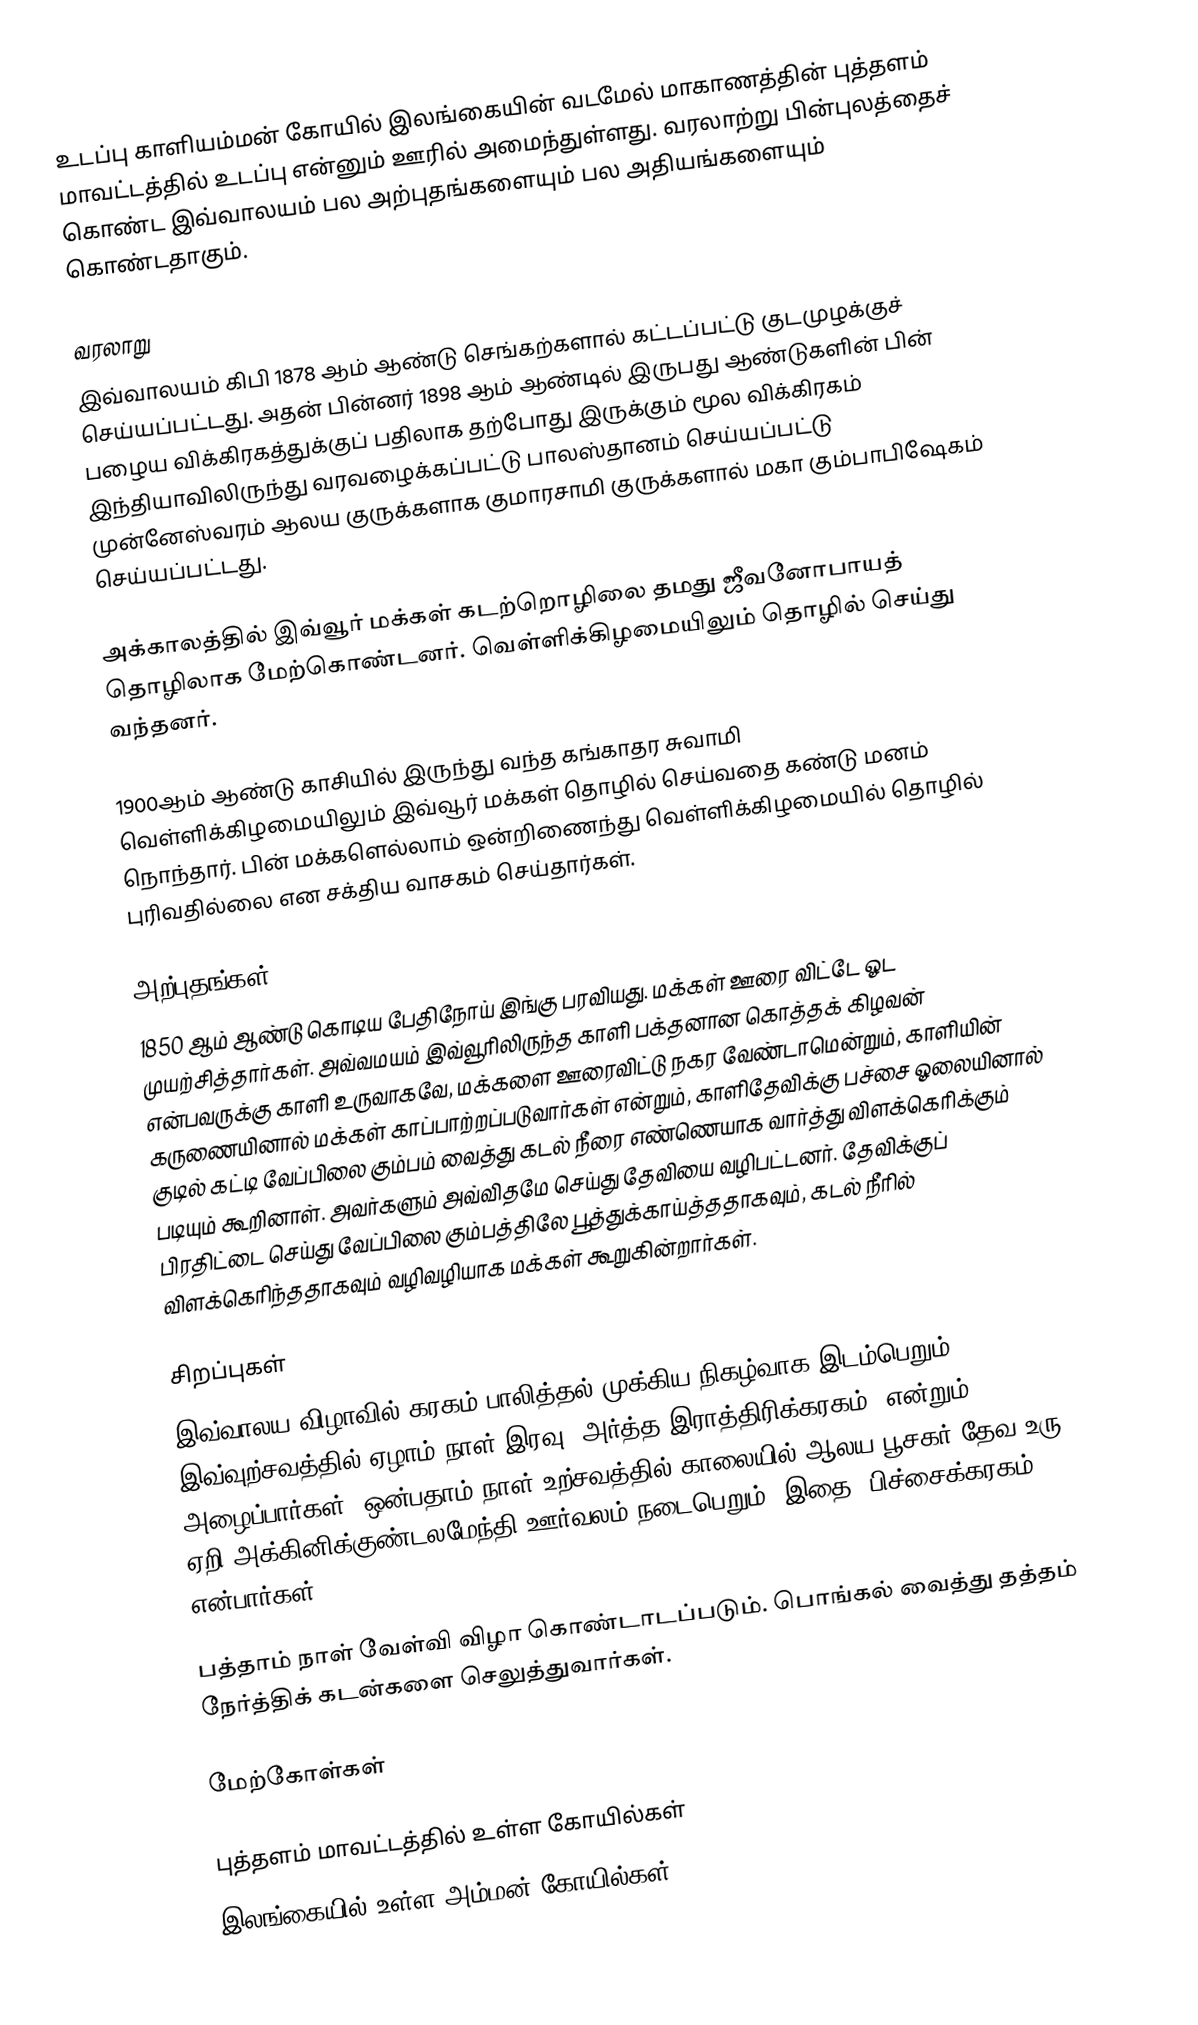
உடப்பு காளியம்மன் கோயில் இலங்கையின் வடமேல் மாகாணத்தின் புத்தளம் மாவட்டத்தில் உடப்பு என்னும் ஊரில் அமைந்துள்ளது. வரலாற்று பின்புலத்தைச் கொண்ட இவ்வாலயம் பல அற்புதங்களையும் பல அதியங்களையும் கொண்டதாகும்.

வரலாறு
இவ்வாலயம் கிபி 1878 ஆம் ஆண்டு செங்கற்களால் கட்டப்பட்டு குடமுழக்குச் செய்யப்பட்டது. அதன் பின்னர் 1898 ஆம் ஆண்டில் இருபது ஆண்டுகளின் பின் பழைய விக்கிரகத்துக்குப் பதிலாக தற்போது இருக்கும் மூல விக்கிரகம் இந்தியாவிலிருந்து வரவழைக்கப்பட்டு பாலஸ்தானம் செய்யப்பட்டு முன்னேஸ்வரம் ஆலய குருக்களாக குமாரசாமி குருக்களால் மகா கும்பாபிஷேகம் செய்யப்பட்டது.

அக்காலத்தில் இவ்வூர் மக்கள் கடற்றொழிலை தமது ஜீவனோபாயத் தொழிலாக மேற்கொண்டனர். வெள்ளிக்கிழமையிலும் தொழில் செய்து வந்தனர்.

1900ஆம் ஆண்டு காசியில் இருந்து வந்த கங்காதர சுவாமி வெள்ளிக்கிழமையிலும் இவ்வூர் மக்கள் தொழில் செய்வதை கண்டு மனம் நொந்தார். பின் மக்களெல்லாம் ஒன்றிணைந்து வெள்ளிக்கிழமையில் தொழில் புரிவதில்லை என சக்திய வாசகம் செய்தார்கள்.

அற்புதங்கள்
1850 ஆம் ஆண்டு கொடிய பேதிநோய் இங்கு பரவியது. மக்கள் ஊரை விட்டே ஓட முயற்சித்தார்கள். அவ்வமயம் இவ்வூரிலிருந்த காளி பக்தனான கொத்தக் கிழவன் என்பவருக்கு காளி உருவாகவே, மக்களை ஊரைவிட்டு நகர வேண்டாமென்றும், காளியின் கருணையினால் மக்கள் காப்பாற்றப்படுவார்கள் என்றும், காளிதேவிக்கு பச்சை ஓலையினால் குடில் கட்டி வேப்பிலை கும்பம் வைத்து கடல் நீரை எண்ணெயாக வார்த்து விளக்கெரிக்கும் படியும் கூறினாள். அவர்களும் அவ்விதமே செய்து தேவியை வழிபட்டனர். தேவிக்குப் பிரதிட்டை செய்து வேப்பிலை கும்பத்திலே பூத்துக்காய்த்ததாகவும், கடல் நீரில் விளக்கெரிந்ததாகவும் வழிவழியாக மக்கள் கூறுகின்றார்கள்.

சிறப்புகள்
இவ்வாலய விழாவில் கரகம் பாலித்தல் முக்கிய நிகழ்வாக இடம்பெறும். இவ்வுற்சவத்தில் ஏழாம் நாள் இரவு ‘அர்த்த இராத்திரிக்கரகம்’ என்றும் அழைப்பார்கள். ஒன்பதாம் நாள் உற்சவத்தில் காலையில் ஆலய பூசகர் தேவ உரு ஏறி அக்கினிக்குண்டலமேந்தி ஊர்வலம் நடைபெறும். இதை ‘பிச்சைக்கரகம்’ என்பார்கள்.

பத்தாம் நாள் வேள்வி விழா கொண்டாடப்படும். பொங்கல் வைத்து தத்தம் நேர்த்திக் கடன்களை செலுத்துவார்கள்.

மேற்கோள்கள்

புத்தளம் மாவட்டத்தில் உள்ள கோயில்கள்
இலங்கையில் உள்ள அம்மன் கோயில்கள்